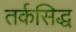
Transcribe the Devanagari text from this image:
तर्कसिद्ध